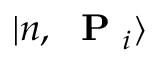
| n , \mathrm { ~ \bf ~ P ~ } _ { i } \rangle